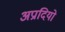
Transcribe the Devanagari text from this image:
अप्रादियो